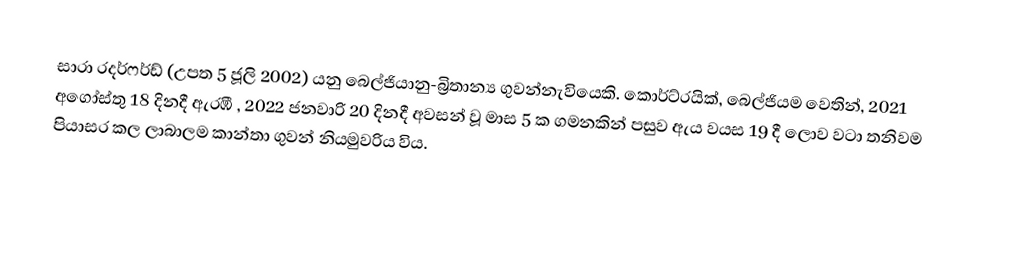
සාරා රදර්ෆර්ඩ් (උපත 5 ජූලි 2002) යනු බෙල්ජියානු-බ්‍රිතාන්‍ය ගුවන්නැවියෙකි. කොර්ට්රයික්, බෙල්ජියම වෙතින්, 2021 අගෝස්තු 18 දිනදී ඇරඹී , 2022 ජනවාරි 20 දිනදී අවසන් වූ  මාස 5 ක ගමනකින් පසුව ඇය වයස 19 දී ලොව වටා තනිවම පියාසර කල ලාබාලම කාන්තා ගුවන් නියමුවරිය විය.